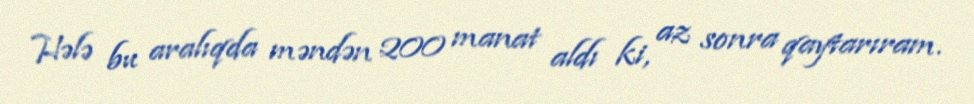
Hələ bu aralıqda məndən 200 manat aldı ki, az sonra qaytarıram.